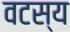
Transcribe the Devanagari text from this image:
वटस्य